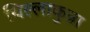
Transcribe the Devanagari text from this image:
थिल्लाकुन्ना